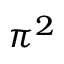
\pi ^ { 2 }